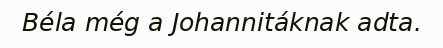
Béla még a Johannitáknak adta.